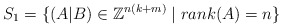
\begin{align*} S_1 = \{ (A|B) \in \mathbb{Z}^{n(k+m)} \mid rank(A)=n \}\end{align*}